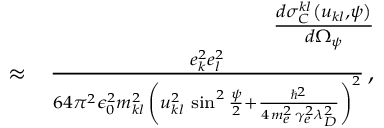
\begin{array} { r l r } & { } & { \frac { d \sigma _ { C } ^ { k l } \left( u _ { k l } , \psi \right) } { d \Omega _ { \psi } } } \\ & { \approx } & { \frac { e _ { k } ^ { 2 } e _ { l } ^ { 2 } } { 6 4 \pi ^ { 2 } \epsilon _ { 0 } ^ { 2 } m _ { k l } ^ { 2 } \, \left( u _ { k l } ^ { 2 } \, \sin ^ { 2 } \frac { \psi } { 2 } + \frac { \hbar ^ { 2 } } { 4 \, m _ { e } ^ { 2 } \, \gamma _ { e } ^ { 2 } \lambda _ { D } ^ { 2 } } \right) ^ { 2 } } \, , } \end{array}